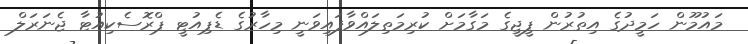
މައުމޫން ހަމީދުގެ އިތުރުން ޕީޖީގެ މަގާމަށް ކުރިމަތިލައްވާފައިވަނީ މިހާރުގެ ޑެޕިއުޓީ ޕްރޮސެކިއުޓާ ޖެނަރަލް